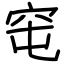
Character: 窀